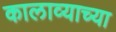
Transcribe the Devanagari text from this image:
कालाव्याच्या